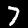
Label: 7